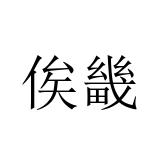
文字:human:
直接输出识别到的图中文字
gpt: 俟畿